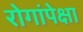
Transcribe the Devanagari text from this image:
रोगांपेक्षा